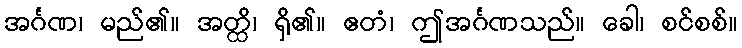
အင်္ဂဏ၊ မည်၏။ အတ္ထိ၊ ရှိ၏။ ဧတံ၊ ဤအင်္ဂဏသည်။ ခေါ၊ စင်စစ်။